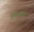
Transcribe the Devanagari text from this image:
विचारपध्द्तीने